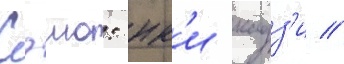
Сэию: юк'и кадз'и //